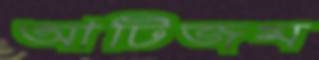
আটিজম